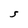
Character: S